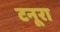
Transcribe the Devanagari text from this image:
टनूरा